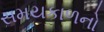
સમયકાળનો